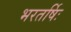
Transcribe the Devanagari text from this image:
भरतर्षिः